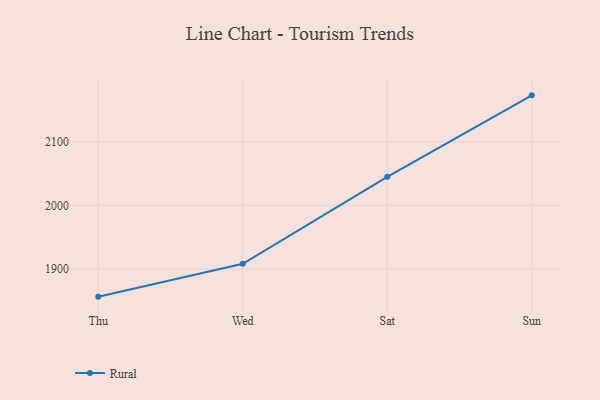
{"axis": {"x": "Day", "y": "Market Share (%)"}, "legend": ["Rural"], "data": [{"x": "Thu", "y": 1856.7, "type": "Rural"}, {"x": "Wed", "y": 1908.3, "type": "Rural"}, {"x": "Sat", "y": 2044.8, "type": "Rural"}, {"x": "Sun", "y": 2172.7, "type": "Rural"}]}